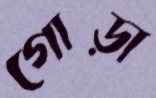
গোড়া